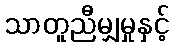
သာတူညီမျှမှုနှင့်